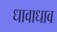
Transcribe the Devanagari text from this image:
धावाधाव